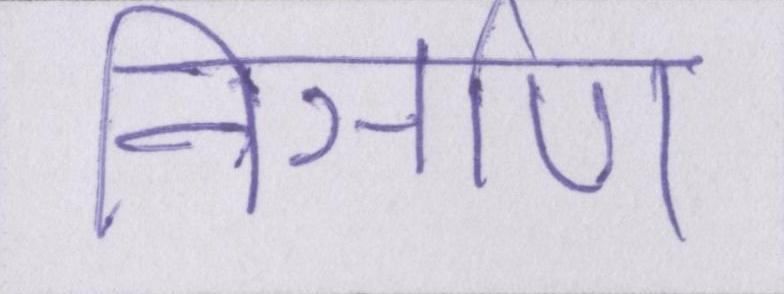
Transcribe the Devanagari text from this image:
निर्ञाण